Language: tamil
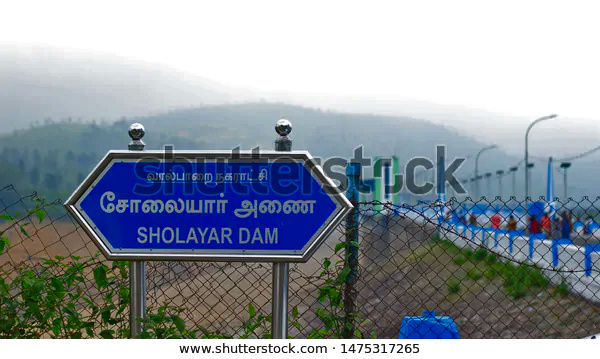
Transcription: அணை வால்பாறை நகராட்சி சோலையாா்